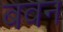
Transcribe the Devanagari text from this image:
बवन